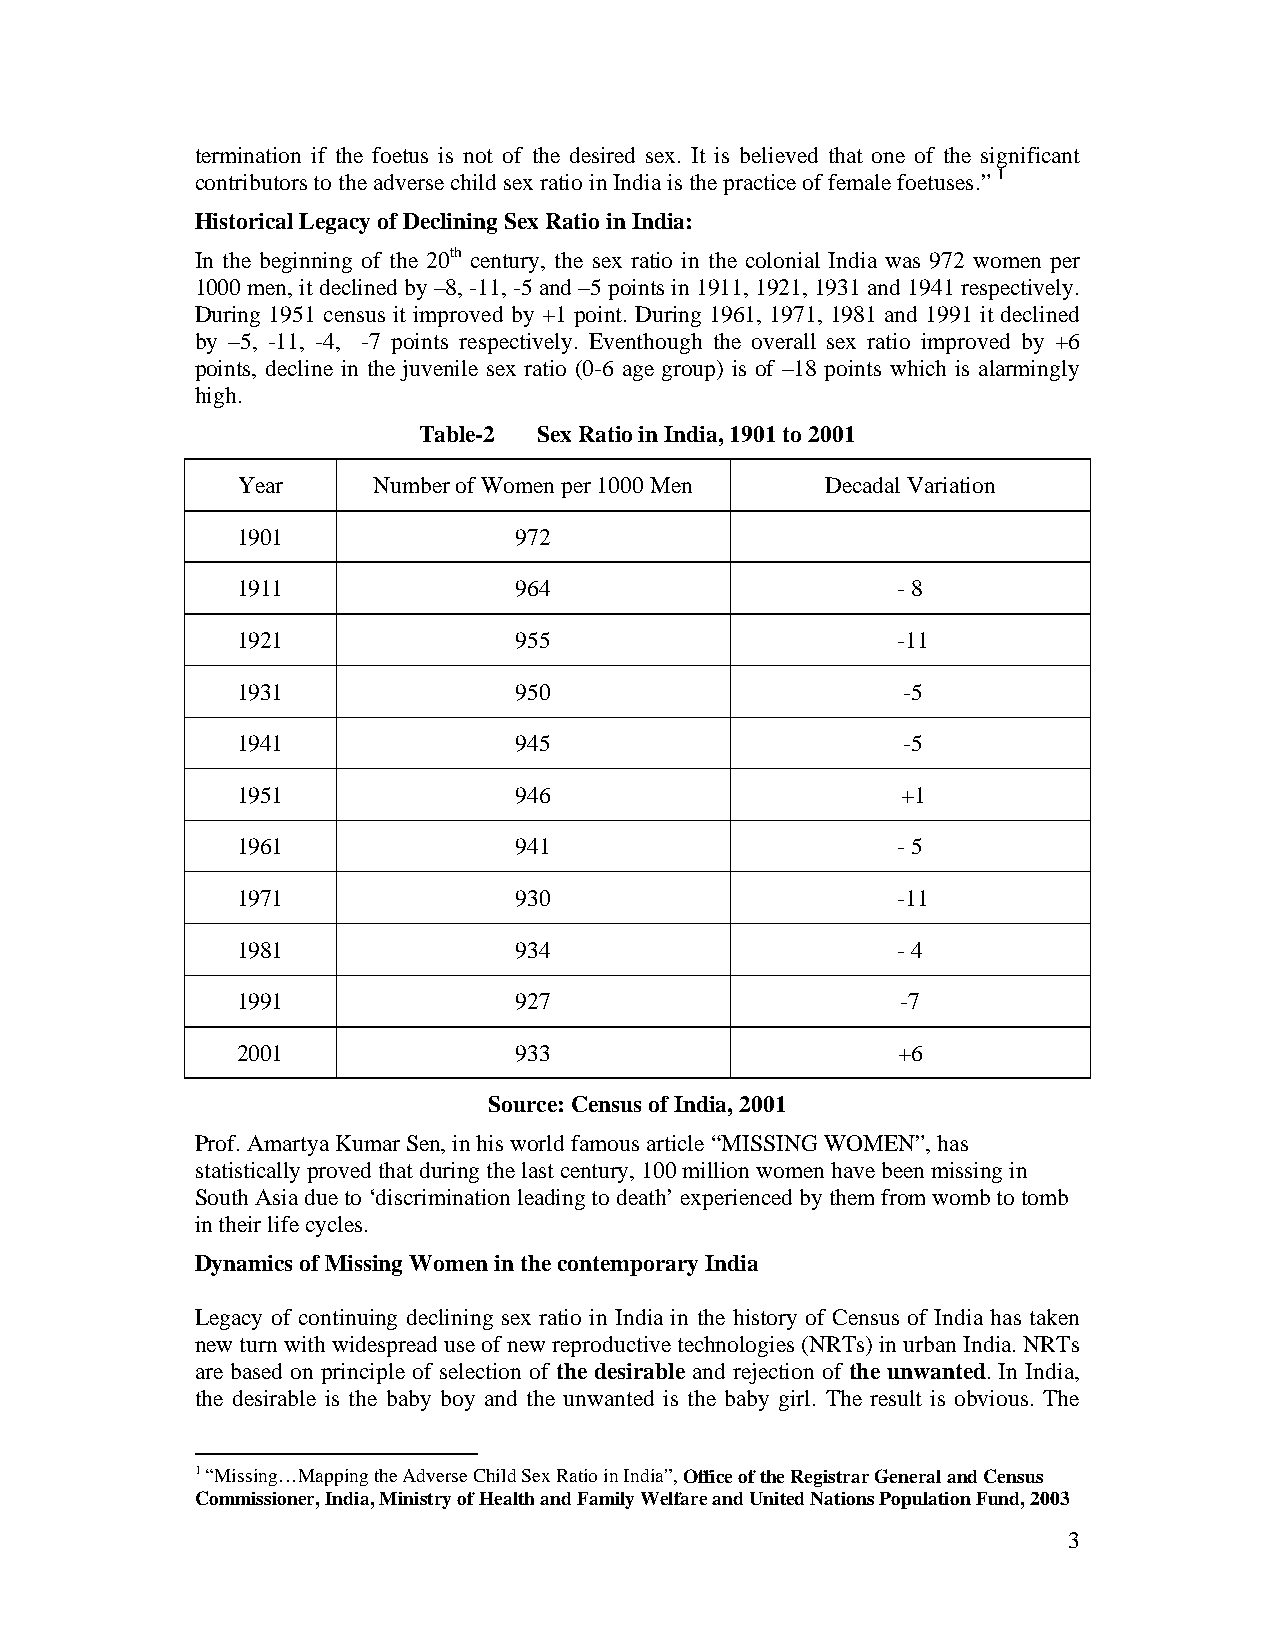
termination if the foetus is not of the desired sex. It is believed that one of the significant
 contributors to the adverse child sex ratio in India is the practice of female foetuses.” 1
 Historical Legacy of Declining Sex Ratio in India:
 In the beginning of the 20th century, the sex ratio in the colonial India was 972 women per
 1000 men, it declined by –8, -11, -5 and –5 points in 1911, 1921, 1931 and 1941 respectively.
 During 1951 census it improved by +1 point. During 1961, 1971, 1981 and 1991 it declined
 by –5, -11, -4, -7 points respectively. Eventhough the overall sex ratio improved by +6
 points, decline in the juvenile sex ratio (0-6 age group) is of –18 points which is alarmingly
 high.
 Table-2 Sex Ratio in India, 1901 to 2001
 Year     Number of Women per 1000 Men  Decadal Variation
 1901              972
 1911              964                      - 8
 1921              955                      -11
 1931              950                       -5
 1941              945                       -5
 1951              946                       +1
 1961              941                      - 5
 1971              930                      -11
 1981              934                      - 4
 1991              927                       -7
 2001              933                      +6
 Source: Census of India, 2001
 Prof. Amartya Kumar Sen, in his world famous article “MISSING WOMEN”, has
 statistically proved that during the last century, 100 million women have been missing in
 South Asia due to ‘discrimination leading to death’ experienced by them from womb to tomb
 in their life cycles.
 Dynamics of Missing Women in the contemporary India
 Legacy of continuing declining sex ratio in India in the history of Census of India has taken
 new turn with widespread use of new reproductive technologies (NRTs) in urban India. NRTs
 are based on principle of selection of the desirable and rejection of the unwanted. In India,
 the desirable is the baby boy and the unwanted is the baby girl. The result is obvious. The
 1 “Missing…Mapping the Adverse Child Sex Ratio in India”, Office of the Registrar General and Census
 Commissioner, India, Ministry of Health and Family Welfare and United Nations Population Fund, 2003
 3